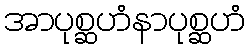
အာပုစ္ဆဟံနာပုစ္ဆဟံ